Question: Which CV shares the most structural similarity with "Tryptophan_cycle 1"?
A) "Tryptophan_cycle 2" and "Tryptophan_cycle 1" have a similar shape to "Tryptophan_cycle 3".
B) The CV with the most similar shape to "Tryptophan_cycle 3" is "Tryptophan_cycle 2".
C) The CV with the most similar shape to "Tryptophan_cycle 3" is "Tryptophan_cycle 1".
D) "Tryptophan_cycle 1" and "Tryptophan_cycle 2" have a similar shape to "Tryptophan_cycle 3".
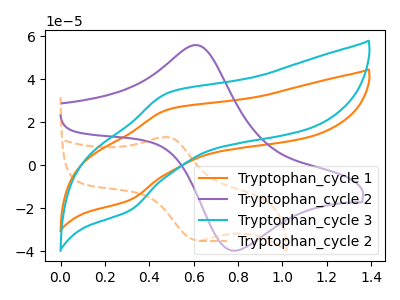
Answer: <think>The orange curve "Tryptophan_cycle 1" has an anodic peak at (0.50V, 25.95uA) and a cathodic peak at (0.30V, -16.25uA). The purple curve "Tryptophan_cycle 2" has an anodic peak at (0.60V, 55.90uA) and a cathodic peak at (0.75V, -39.65uA). The cyan curve "Tryptophan_cycle 3" has an anodic peak at (0.50V, 33.70uA) and a cathodic peak at (0.30V, -21.15uA). The orange dashed curve "Tryptophan_cycle 2" has an anodic peak at (0.50V, 13.00uA) and a cathodic peak at (0.60V, -34.95uA).
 "Tryptophan_cycle 1" and "Tryptophan_cycle 2" have at least one peak that do not match. All the peaks in "Tryptophan_cycle 1" have a peak in "Tryptophan_cycle 3" at the same potential. Every peak in "Tryptophan_cycle 1" is lower than every peak in "Tryptophan_cycle 3". "Tryptophan_cycle 1" and "Tryptophan_cycle 2" have at least one peak that do not match. "Tryptophan_cycle 2" and "Tryptophan_cycle 3" have at least one peak that do not match. "Tryptophan_cycle 2" and "Tryptophan_cycle 2" have at least one peak that do not match. "Tryptophan_cycle 3" and "Tryptophan_cycle 2" have at least one peak that do not match.</think>
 <answer>C) The CV with the most similar shape to "Tryptophan_cycle 3" is "Tryptophan_cycle 1".</answer>
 <eval>C</eval>